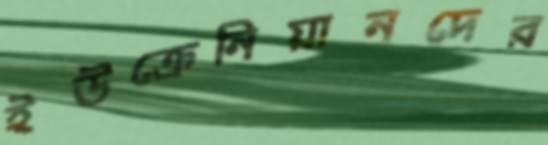
ইউক্রেনিয়ানদের